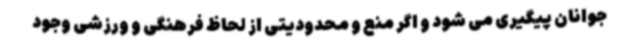
جوانان پیگیری می شود و اگر منع و محدودیتی از لحاظ فرهنگی و ورزشی وجود